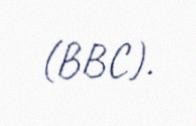
(BBC).